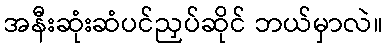
အနီးဆုံးဆံပင်ညှပ်ဆိုင် ဘယ်မှာလဲ။